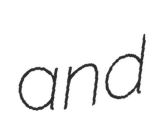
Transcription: and